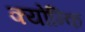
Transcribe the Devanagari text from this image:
क्योन्कि